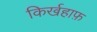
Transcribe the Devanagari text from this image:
किर्खहाफ़